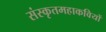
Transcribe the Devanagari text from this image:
संस्कृतमहाकवियों